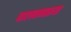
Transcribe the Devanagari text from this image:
चालवणारया